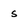
Character: s